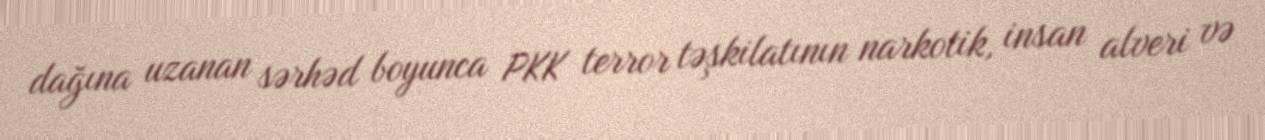
dağına uzanan sərhəd boyunca PKK terror təşkilatının narkotik, insan alveri və